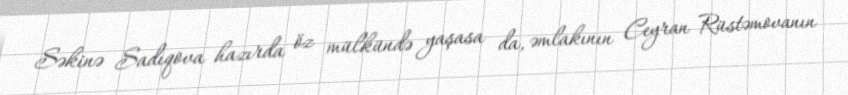
Səkinə Sadıqova hazırda öz mülkündə yaşasa da, əmlakının Ceyran Rüstəmovanın